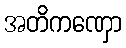
အတိကဏှော